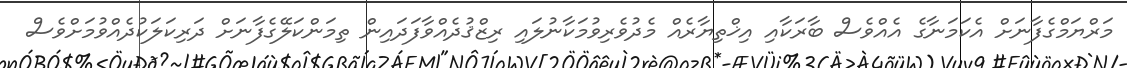
މަރްޔަމްގެފާނަށް އެކަމަނާގެ އެއްވެސް ބާރަކާއި އިޚްތިޔާރެއް މެދުވެރިވުމަކާނުލައި ރިޒްޤުދެއްވާފަދައިން ތިމަންކަލޭގެފާނަށް ދަރިކަލަކުދެއްވުމަށްވެސް